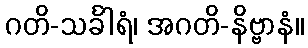
ဂတိ-သင်္ခါရံ၊ အဂတိ-နိဗ္ဗာနံ။